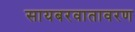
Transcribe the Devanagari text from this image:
सायबरवातावरण